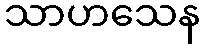
သာဟသေန